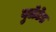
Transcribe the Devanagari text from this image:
बुलेटेड